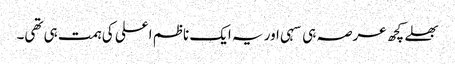
بھلے کچھ عرصہ ہی سہی اور یہ ایک ناظم اعلی کی ہمت ہی تھی۔